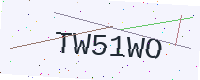
Text: TW51WO